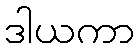
ဒါယကာ